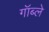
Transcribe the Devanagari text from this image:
गॉब्ले